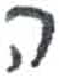
אות: ה